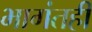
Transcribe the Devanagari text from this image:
भागंतही